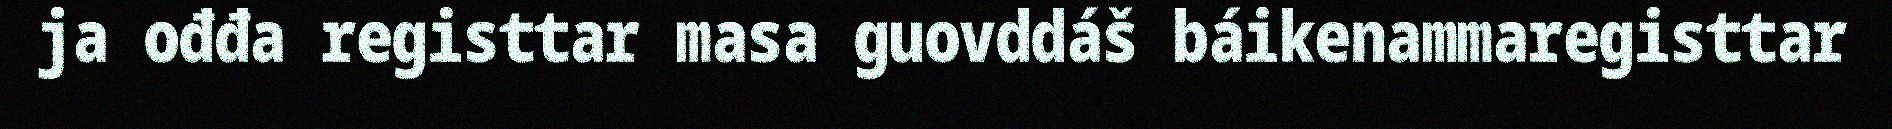
ja ođđa registtar masa guovddáš báikenammaregisttar